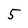
Character: 5